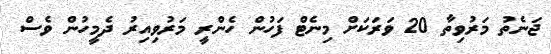
ޖަނެތު މަރުވިތާ 20 ވަރަކަށް މިނެޓް ފަހުން ހެންރީ މަރުވިއިރު ދެމީހުން ވެސް